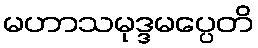
မဟာသမုဒ္ဒမပ္ပေတိ